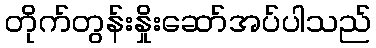
တိုက်တွန်းနှိုးဆော်အပ်ပါသည်